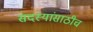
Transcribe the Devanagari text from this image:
सदस्यांसाठीच